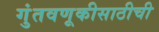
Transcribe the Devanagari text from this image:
गुंतवणूकीसाठीची